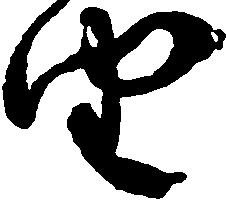
由